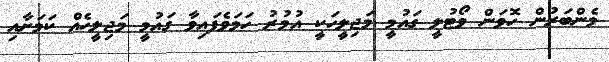
މެންބަރުން ހޮވަން ވޯޓުލީ ގައުމީ މަޖިލީހަކީ އުމުރު ހަމަވެފައިވާ ގައުމީ މަޖިލީހެއް ކަމަށާއި